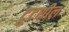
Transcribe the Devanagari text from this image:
टूटशील